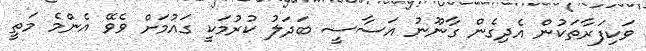
ވަކިފަރާތަކުން އެދިގެން ގާނޫނު އަސާސީ ބަދަލު ކުރުމަކީ ގައުމަށް ވެވޭ އެންމެ މަތީ